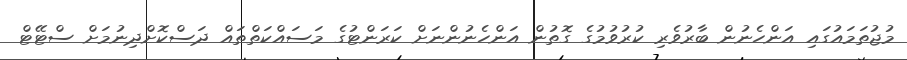
މުޖުތަމައުގައި އަންހެނުން ބާރުވެރި ކުރުވުމުގެ ގޮތުން އަންހެނުންނަށް ކަރަންޓުގެ މަސައްކަތްތައް ދަސްކޮށްދިނުމަށް ސްޓޭޓް